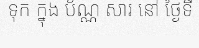
ទុក ក្នុង ប័ណ្ណ សារ នៅ ថ្ងៃទី